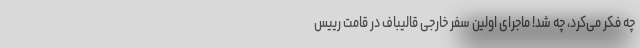
چه فکر می‌کرد، چه شد! ماجرای اولین سفر خارجی قالیباف در قامت رییس